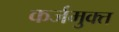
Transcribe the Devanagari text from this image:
कर्जमुक्त